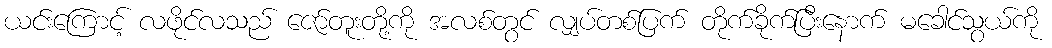
ယင်းကြောင့် လဖိုင်လသည် ဇော်တူးတို့ကို အလစ်တွင် လျှပ်တစ်ပြက် တိုက်ခိုက်ပြီးနောက် မခေါင်သွယ်ကို